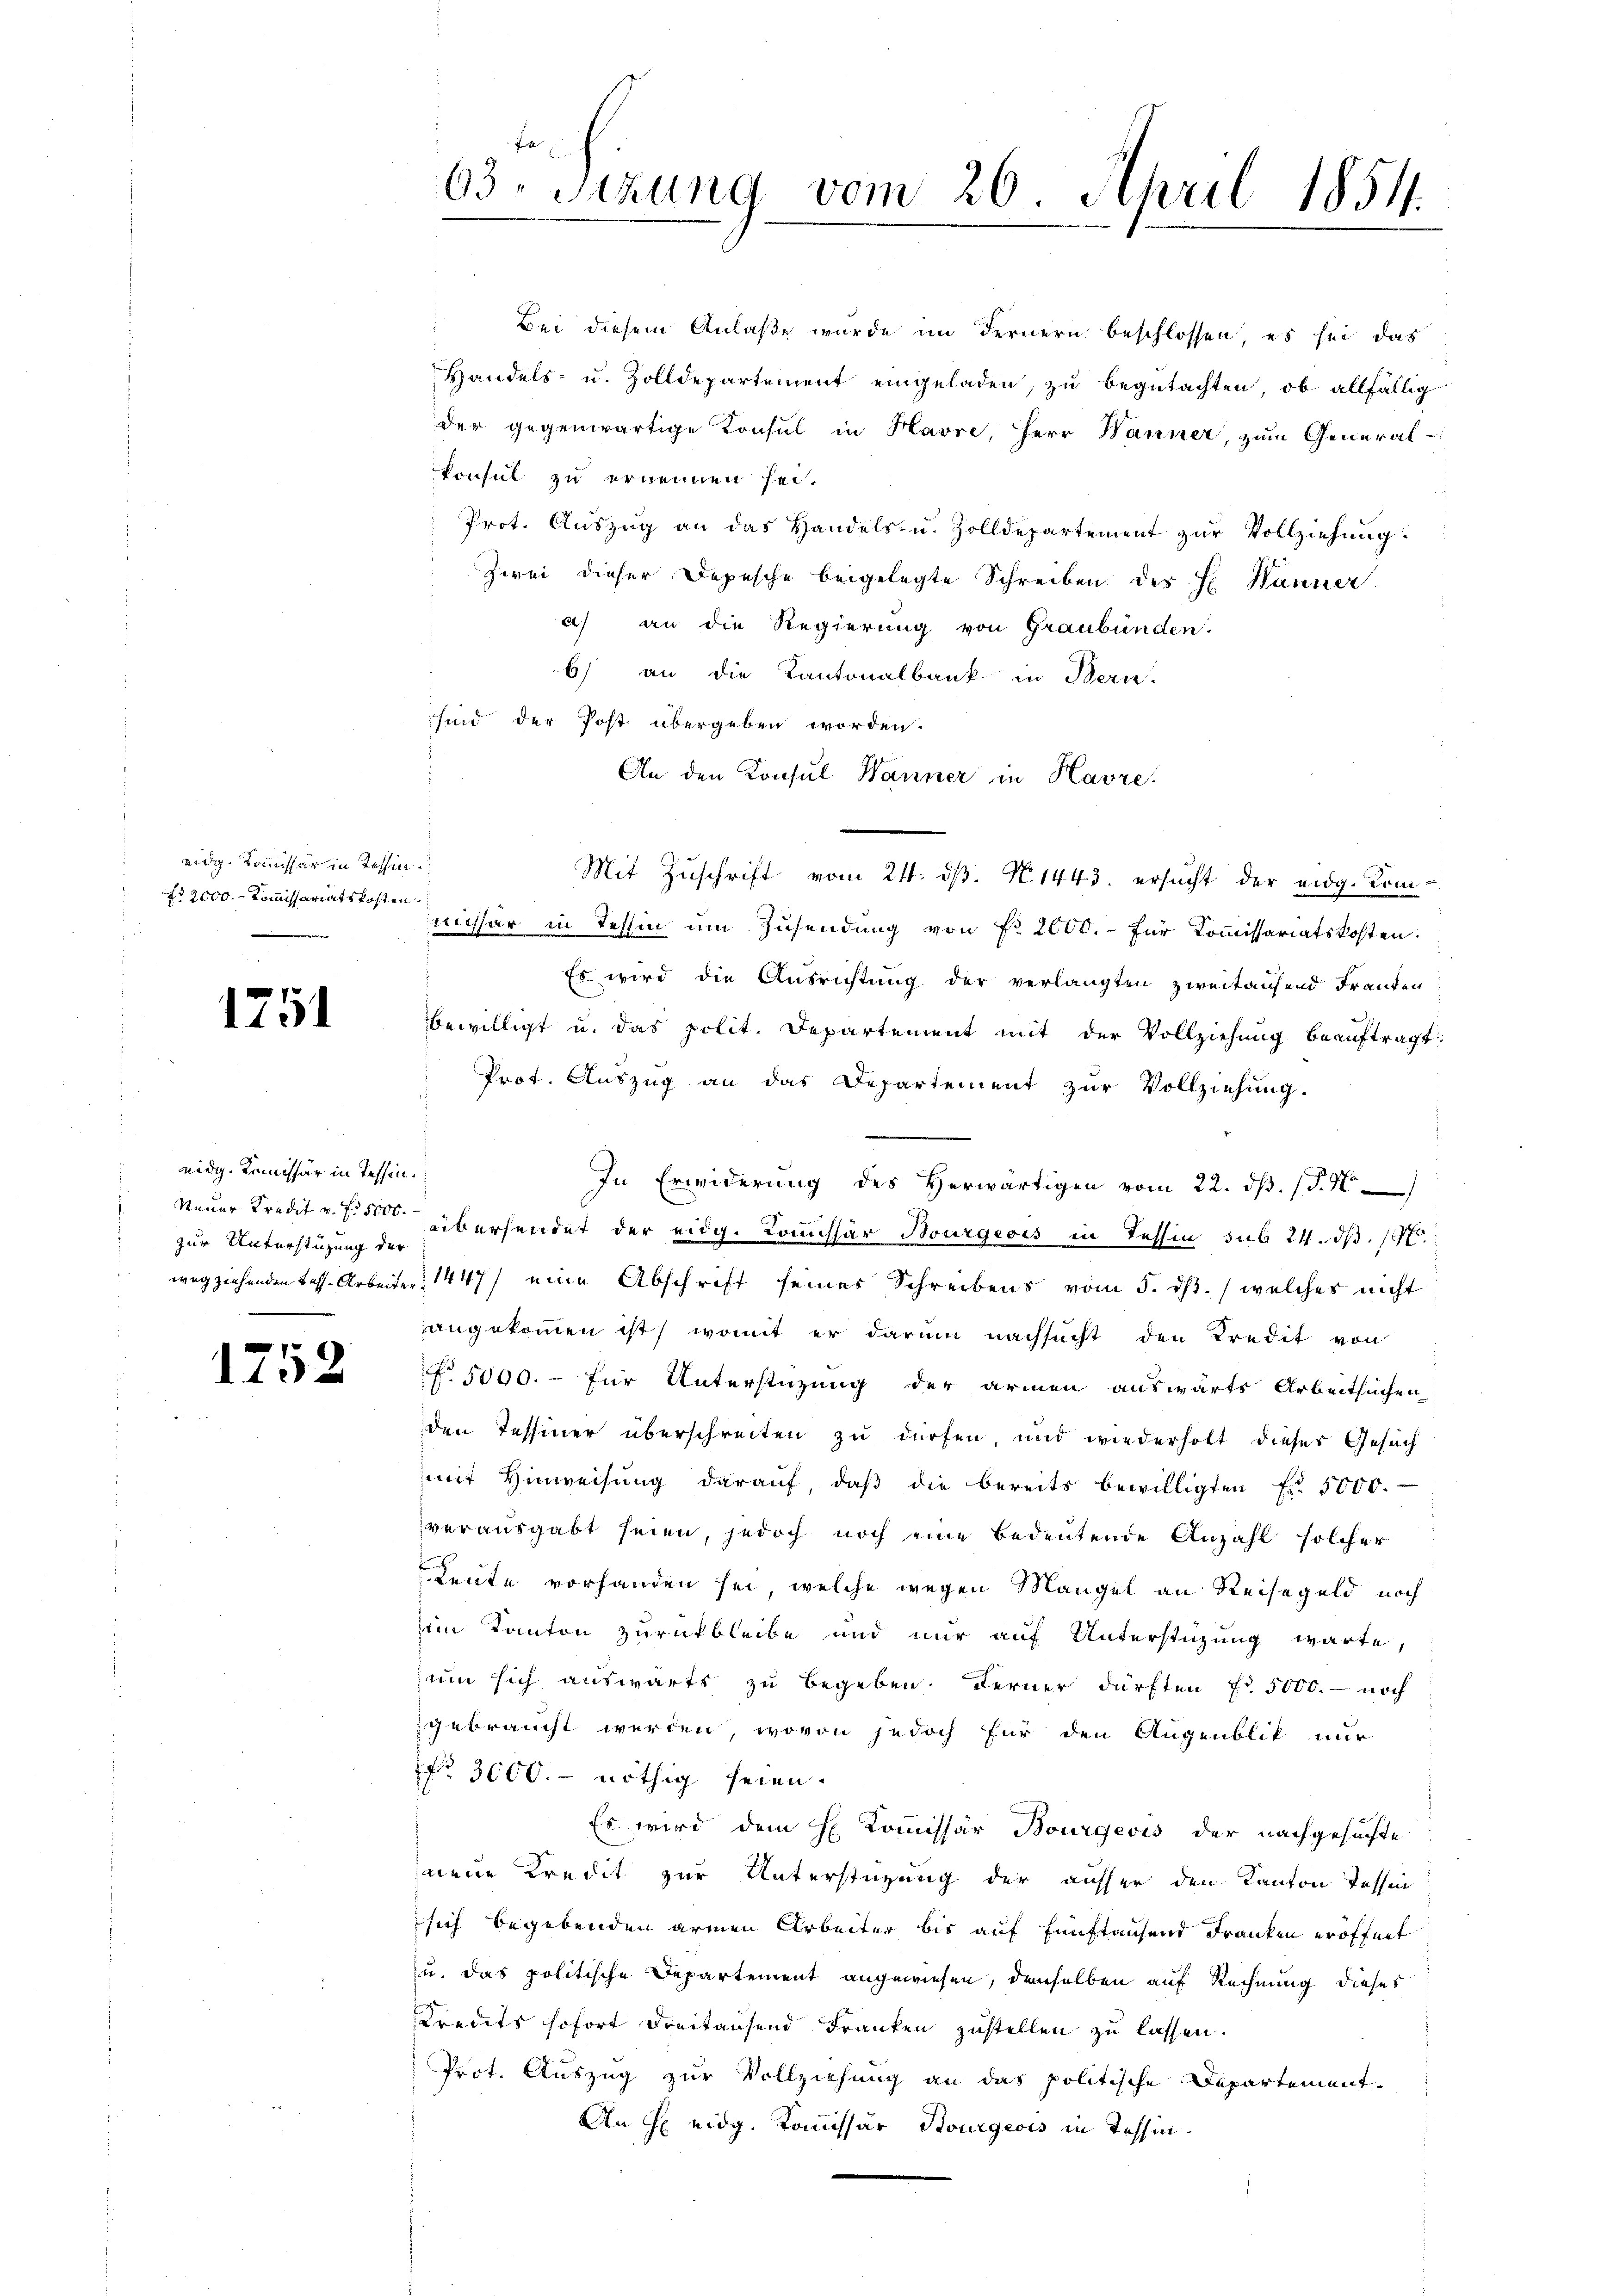
eidg. Kommissär in Tessin
fr 2000. Kommissariatskosten

1751

eidg. Komissär in Tessin.
zur Unterstüzung der
.

110

Bei diesem Anlaße wurde im Fernern beschlossen, es sei das
Handels- u. Zolldepartement eingeladen, zu begutachten, ob allfällig
der gegenwärtige Konsul in Havre, Herr Wanner, zum General-
konsul zu ernennen sei.
Prot. Auszug an das Handels- u. Zolldepartement zur Vollziehung.
zwei dieser Depesche beigelegte Schreiben des H. Banner
a) an die Regierung von Graubünden.
6) an die Kantonalbank in Bern.
sind der Post übergeben worden.
An den Konsul Wanner in Havre
missar in Tessin um Zusendung von f. 2000.- für Kommissariatskosten.
Es wird die Ausrichtung der verlangten zweitausend Franken,
bewilligt u. das polit. Departement mit der Vollziehung beaŭftragt:
Prot. Aŭszŭg an das Departement zŭr Vollziehung.
In Erwiderung des Herwärtigen vom 22. dβ. /. M
Neuer Kredit v. J. übersendet der eidg. Komissär Bourgeois in Tessin sub 24. d. 197
wegziehenden Tess. Arbeiter, 1447) eine Abschrift seines Schreibens vom 5. dβ. welches nicht
angekommen ist, womit er darum nachsucht den Kredit von
No. 5000.- für Unterstüzung der armen auswärts Arbeitsuchen
den Tessiner überschreiten zu dürfen, und wiederholt dieses Gesuch
mit Hinweisung darauf, daβ die bereits bewilligten Fr. 5000.
verausgabt seien, jedoch noch eine bedeutende Anzahl solcher
Leute vorhanden sei, welche wegen Mangel an Reisegeld noch
iin Kanton zurückbleibe und nur auf Unterstüzung warte,
zum sich auswärts zu begeben. Ferner dürften f. 5000.- noch
gebraucht werden, wovon jedoch für den Augenblik nur
No 3000.- nöthig seien.
Es wird dem H. Kommissär Bourgeois der nachgesuchte
neue Kredit zur Unterstüzung der ausser den Kanton Tessin
sich begebenden armen Arbeiter bis auf Einftausend Franken eröffnet
u. das politische Departement angewiesen, demselben auf Rechnung dieses
Kredits sofort dreitausend Franken zustellen zu lassen.
Prot. Auszug zur Vollziehung an das politische Departement¬
An H eidg. Kommissär Bourgeois in Tessin.

63. Sitzung vom 26. April 1854.

Mit Zuschrift vom 21. dβ. N. 1443. ersucht der eidg. Kom¬